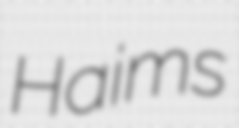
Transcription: Haims